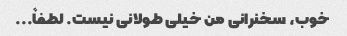
خوب، سخنرانی من خیلی طولانی نیست. لطفاً...